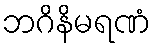
ဘဂိနိမရဏံ